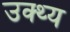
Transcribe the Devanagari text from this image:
उक्थ्य